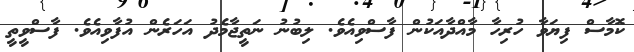
ކޮމާސް ފިޔަވާ ހުރިހާ މާއްދާއަކުން ފާސްވިއެވެ. ލިބުނު ނަތީޖާމެދު އަހަރެން އުފާވިއެވެ. ފާސްވީތީ